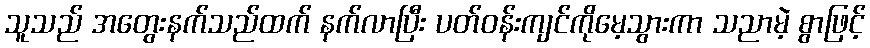
သူသည် အတွေးနက်သည်ထက် နက်လာပြီး ပတ်ဝန်းကျင်ကိုမေ့သွားကာ သညာမဲ့ စွာဖြင့်